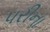
પરીના